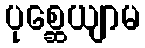
ပုစ္ဆေယျာမ